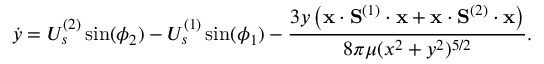
\dot { y } = U _ { s } ^ { ( 2 ) } \sin ( \phi _ { 2 } ) - U _ { s } ^ { ( 1 ) } \sin ( \phi _ { 1 } ) - \frac { 3 y \left( \mathbf { x } \cdot \mathbf { S } ^ { ( 1 ) } \cdot \mathbf { x } + \mathbf { x } \cdot \mathbf { S } ^ { ( 2 ) } \cdot \mathbf { x } \right) } { 8 \pi \mu ( x ^ { 2 } + y ^ { 2 } ) ^ { 5 / 2 } } .